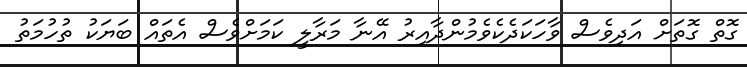
ގޮތް ގޮތަށް އަދިވެސް ވާހަކަދެކެވެމުންދާއިރު އޭނާ މަރާލީ ކަމަށްވެސް އެތައް ބަޔަކު ތުހުމަތު